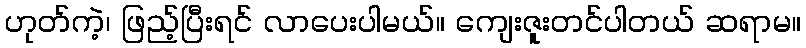
ဟုတ်ကဲ့၊ ဖြည့်ပြီးရင် လာပေးပါမယ်။ ကျေးဇူးတင်ပါတယ် ဆရာမ။